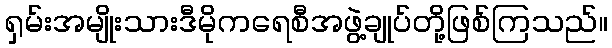
ရှမ်းအမျိုးသားဒီမိုကရေစီအဖွဲ့ချုပ်တို့ဖြစ်ကြသည်။